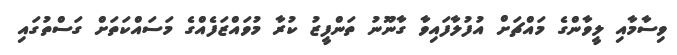
ވިސާމާއި ލީވާންގެ މައްޗަށް އުފުލާފައިވާ ގާނޫނު ތަންފީޒު ކުރާ މުވައްޒަފެއްގެ މަސައްކަތަށް ގަސްތުގައި